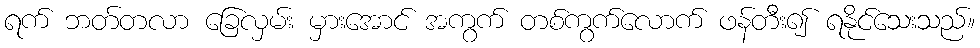
ရက် ဘတ်တလာ ခြေလှမ်း မှားအောင် အကွက် တစ်ကွက်လောက် ဖန်တီး၍ ရနိုင်သေးသည်။